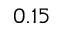
0 . 1 5